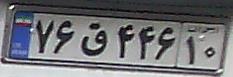
۷۶ق۴۴۶۱۰